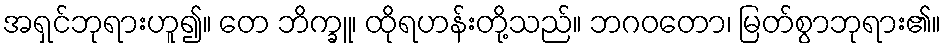
အရှင်ဘုရားဟူ၍။ တေ ဘိက္ခူ၊ ထိုရဟန်းတို့သည်။ ဘဂဝတော၊ မြတ်စွာဘုရား၏။